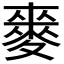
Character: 𮭻